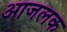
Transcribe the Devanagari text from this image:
आजलक